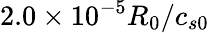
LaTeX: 2.0\times 10^{-5}R_{0}/c_{s0}